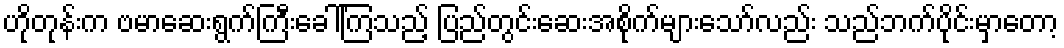
ဟိုတုန်းက ဗမာဆေးရွက်ကြီးခေါ်ကြသည့် ပြည်တွင်းဆေးအစိုက်များသော်လည်း သည်ဘက်ပိုင်းမှာတော့